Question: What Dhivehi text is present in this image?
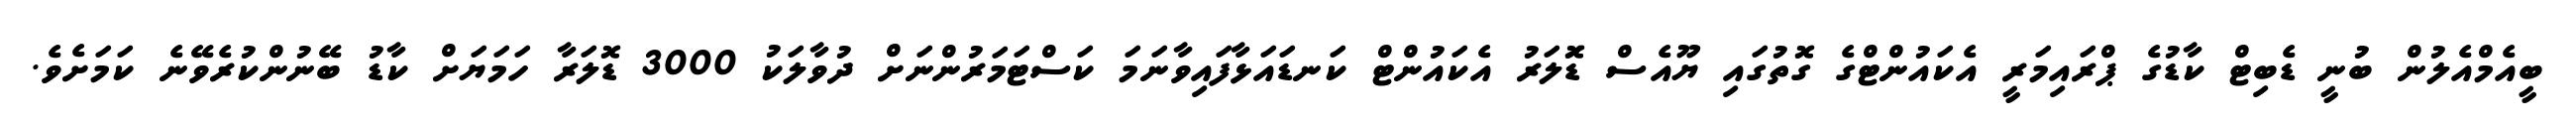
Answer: ބީއެމްއެލުން ބުނީ ޑެބިޓް ކާޑުގެ ޕްރައިމަރީ އެކައުންޓްގެ ގޮތުގައި ޔޫއެސް ޑޮަލަރު އެކައުންޓް ކަނޑައަޅާފައިވާނަމަ ކަސްޓަމަރުންނަށް ދުވާލަކު 3000 ޑޮލަރާ ހަމަޔަށް ކާޑު ބޭނުންކުރެވޭނެ ކަމަށެވެ.